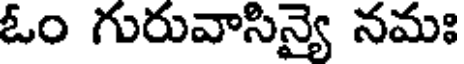
ఓం గురువాసిన్యై నమః